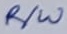
Text: R/W